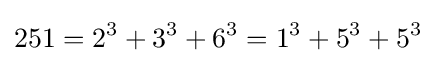
251=2^{3}+3^{3}+6^{3}=1^{3}+5^{3}+5^{3}